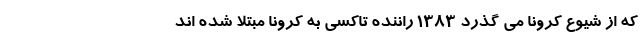
که از شیوع کرونا می گذرد ۱۳۸۳ راننده تاکسی به کرونا مبتلا شده اند